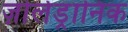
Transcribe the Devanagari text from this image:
ज़ोलेड्रानिक